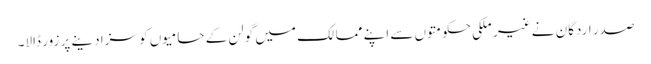
صدر اردگان نے غیر ملکی حکومتوں سے اپنے ممالک میں گولن کے حامیوں کو سزا دینے پر زور ڈالا۔